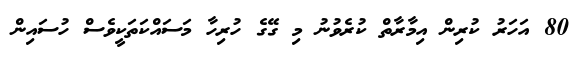
80 އަހަރު ކުރިން އިމާރާތް ކުރެވުނު މި ގޭގެ ހުރިހާ މަސައްކަތަކީވެސް ހުސައިން